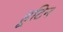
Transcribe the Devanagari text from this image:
हूटिन